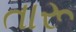
તારૂ